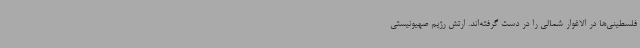
فلسطینی‌ها در الاغوار شمالی را در دست گرفته‌اند. ارتش رژیم صهیونیستی